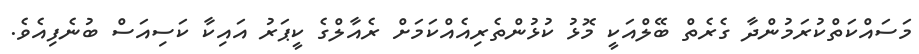
މަސައްކަތްކުރަމުންދާ ގެރެތް ބޭލްއަކީ މޮޅު ކުޅުންތެރިއެއްކަމަށް ރެއާލްގެ ކީޕަރު އައިކާ ކަސިއަސް ބުނެފިއެވެ.